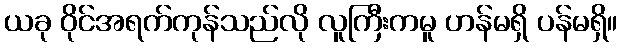
ယခု ဝိုင်အရက်ကုန်သည်လို လူကြီးကမူ ဟန်မရှိ ပန်မရှိ။